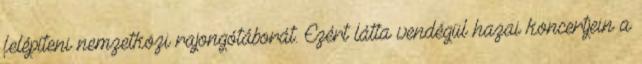
felépíteni nemzetközi rajongótáborát. Ezért látta vendégül hazai koncertjein a